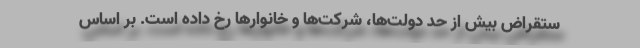
ستقراض بیش از حد دولت‌ها، شرکت‌ها و خانوارها رخ داده است. بر اساس